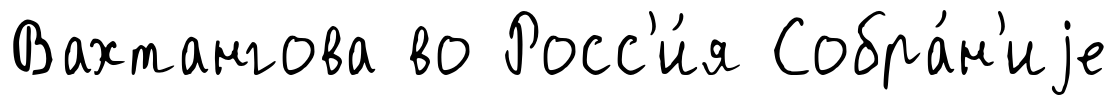
Вахтангова во Росс'и́я Собра́н'иjе